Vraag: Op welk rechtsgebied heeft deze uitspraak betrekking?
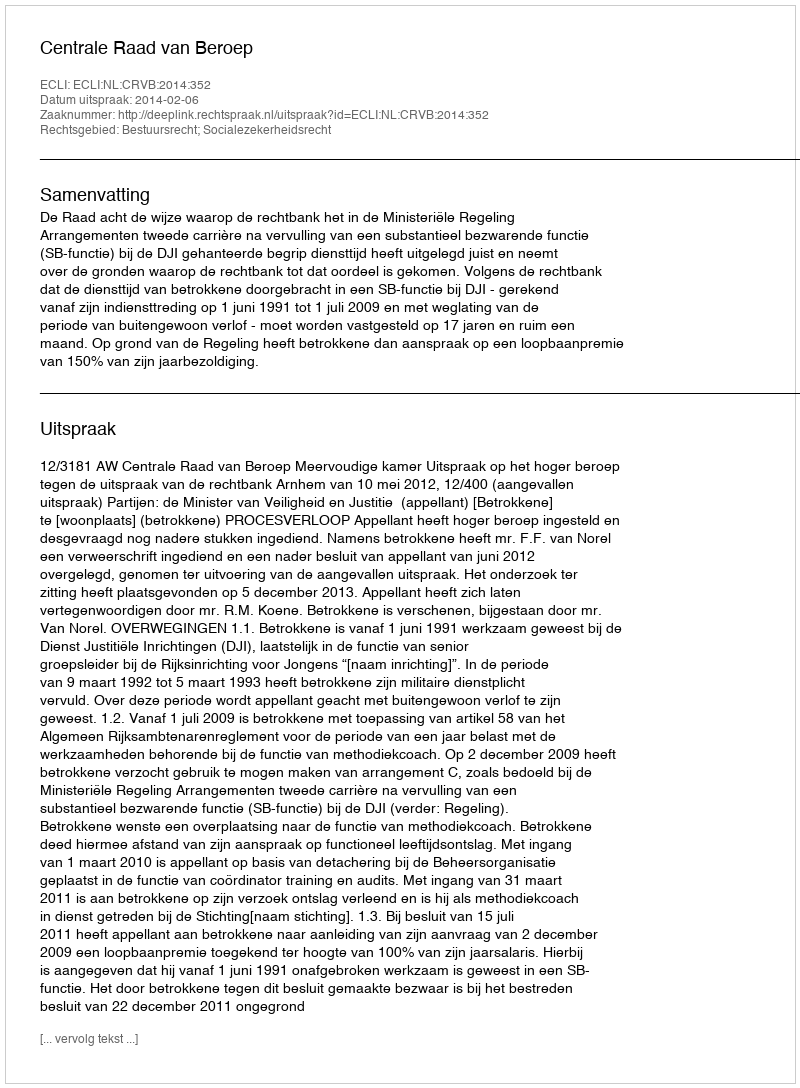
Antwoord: Bestuursrecht; Socialezekerheidsrecht